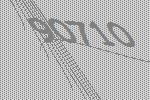
90710